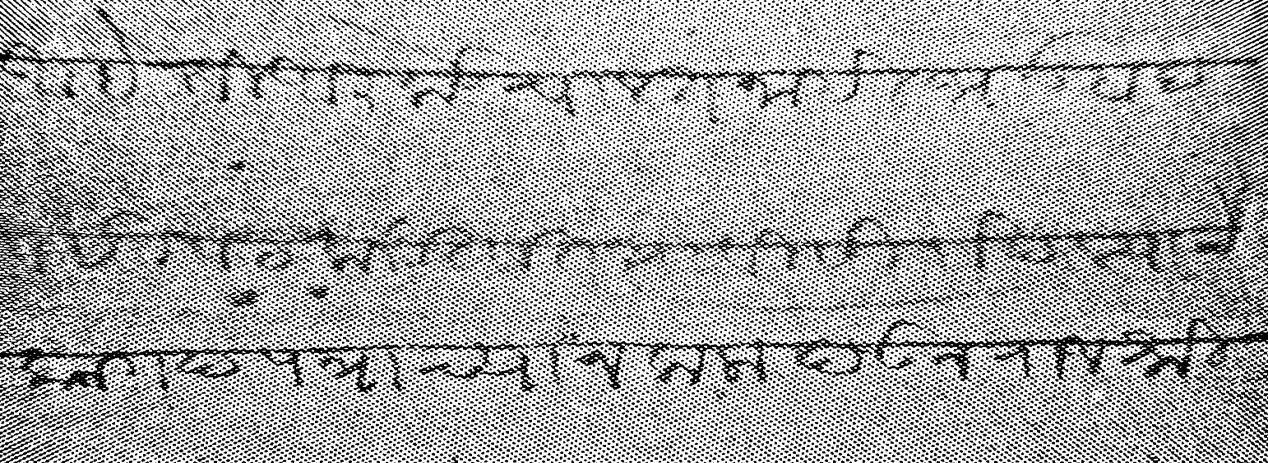
Transliteration (Devanagari): आहे ती आलीकडे चालत नाही भाउबंद वहिवाट करीतात त्याविसि दाखल्याचे कागदपत्राच्या नकला देऊन राजश्री